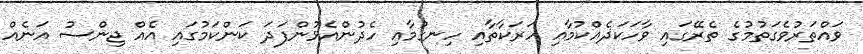
ވައްތަރުވެގަތުމުގެ ތެރޭގައި ވާހަކަދެއްކުމާއި ހަރަކާތާއި ހިނގުމާއި ހެދުންއެޅުންފަދަ ކަންކަމުގައި އެއް ޖިންސު އަނެއް